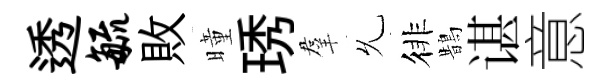
透毓敗曈琇羣𠃔徘鵲谌意